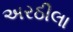
અરઠીલા